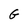
Character: G